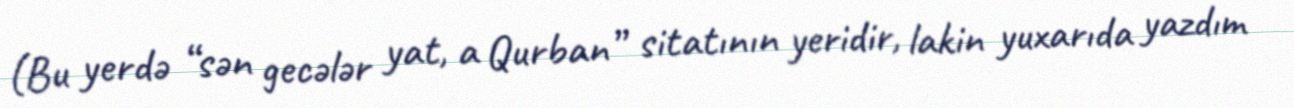
(Bu yerdə “sən gecələr yat, a Qurban” sitatının yeridir, lakin yuxarıda yazdım